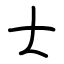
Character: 士